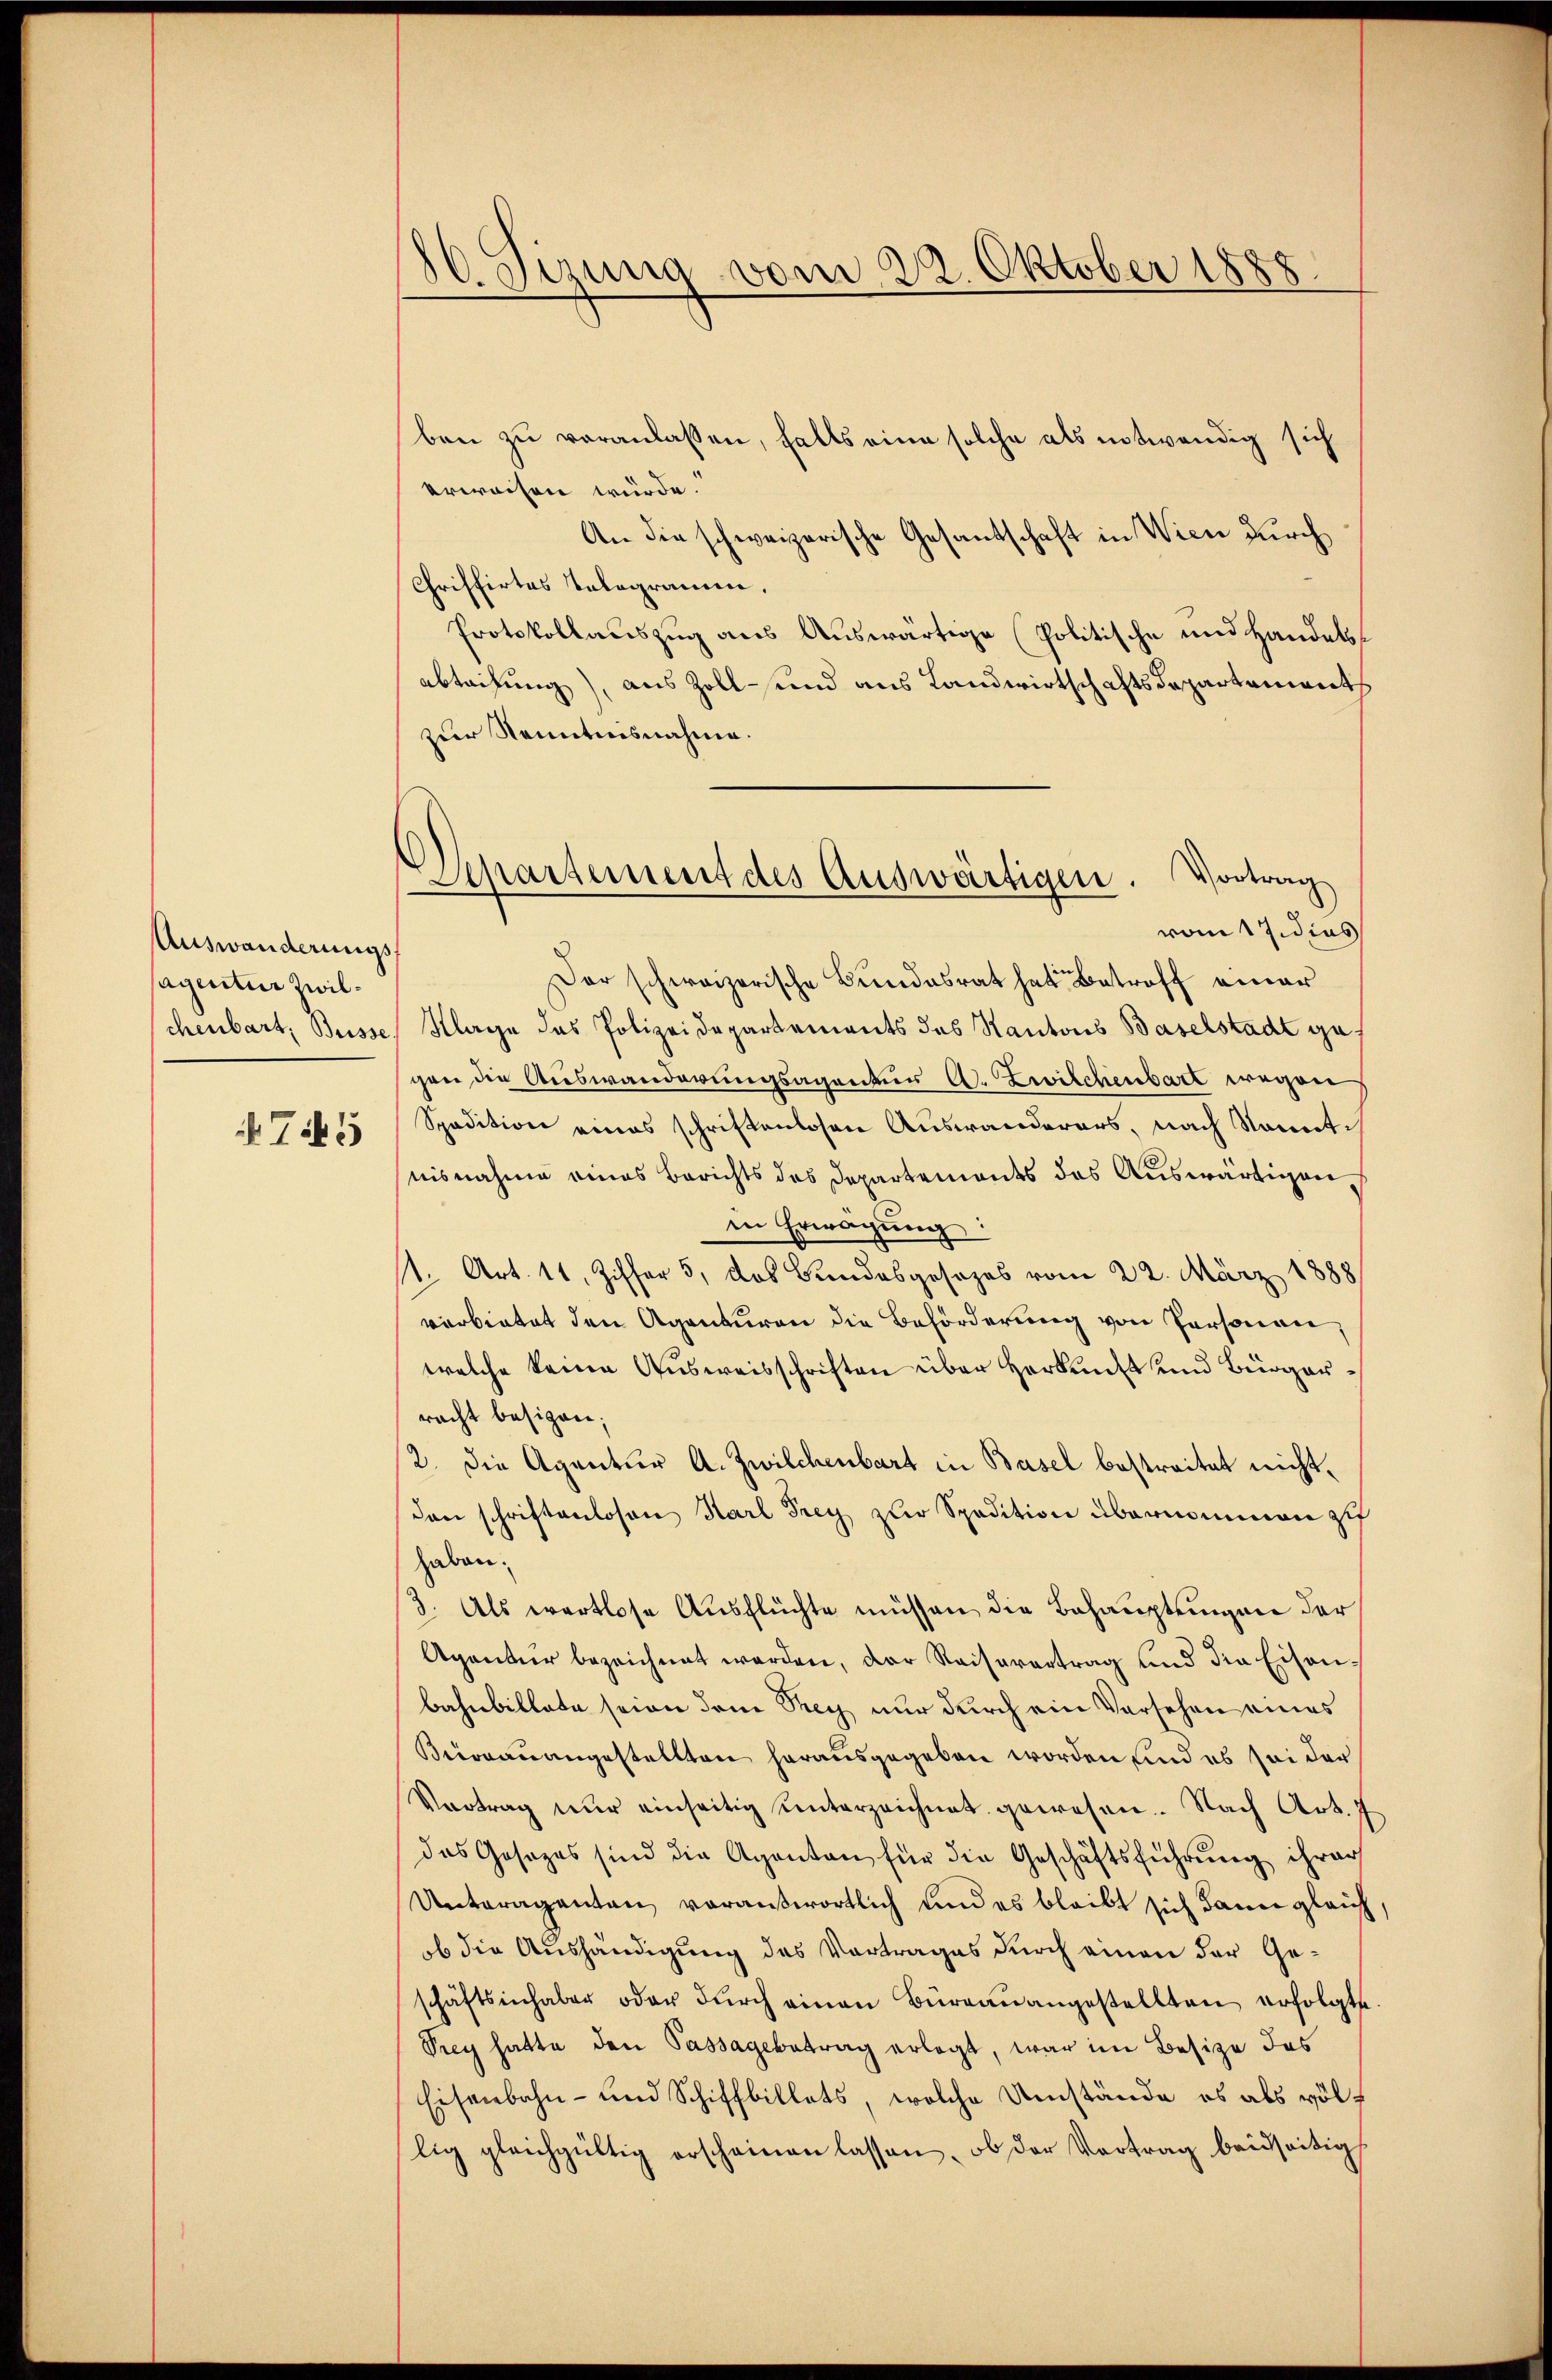
Auswanderungs
sagentur zwilschenbart, Busse

Tch

Tizung vom 22. Oktober 1888

ben zu veranlassen, falls eine solche als notwendig sich
erweisen würde.
An die schweizerische Gesantschaft in Wien durch
Chriffirtes Telegramm,
Protokollauszug aus Auswärtige Politische und Handelsabteilung), aus Zoll- und aus Landwirtschaftsdepartements
zur Kenntnisnahme.
vom 17. dies
Der schweizerische Bundesrat hat Betroff einer
Klage das Polizeidepartements das Kantons Baselstadt gegen die Auswanderungsagentur A. Zwilchenbart wegen
Spedition eines schriftenlosen Auswanderars, nach Somitnisnahme eines Berichts des Departements des Auswärtigen,
in Erwägung:
/1. Art. 11. Ziffer 5, das Bundesgesezes vom 22. März 1888
verbietet den Agenturen die Beförderung von Personen,
welche keine Ausweisschriften über Herkunft und Bürgerracht besigen;
2. Die Agentur A. Zwilchenbart in Basel bestreitet nichtdann schriftenlosen Karl Frey zur Spedition übernommen zu
haben.
3. Als wertlose Ausflüchte müssen die Behauptungen der
Agantier bezeichnet werden, der Kaiserertrag und die Eisenbahnbillate seien dem They nur durch ein Versehen eines
Buonau angestellten herausgegeben worden und es sei der
Vertrag nŭr einseitig unterzeichnet gewesen. Nach Art. 7
das Gesezes sind die Agenten für die Geschäftsführung ihrer
Unteragenten vorauswortlich und es bleibt sich dann gleich
ob die Aushändigung des Vortrages durch einen der Geschäftsinhaber oder dŭrch einen Büreau angestellten erfolgte
Trey hatte den Passagebetrag erlegt, war im Besize des
Eisenbahn- und Schiffbillets, welche Umstände es als völlig gleichgültig erscheinen lassen, ob der Vortrag beidseitig

Departement des Auswärtigen. Vortrag